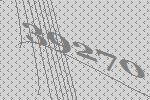
39270